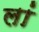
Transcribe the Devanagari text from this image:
लां